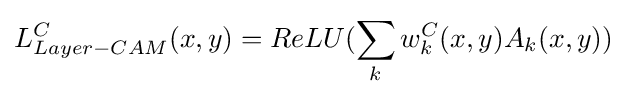
L_{Layer-CAM}^{C}(x,y)=ReLU(\sum _{k}w_{k}^{C}(x,y)A_{k}(x,y))